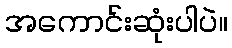
အကောင်းဆုံးပါပဲ။